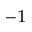
^ { - 1 }